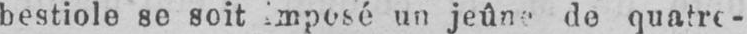
de quatre-